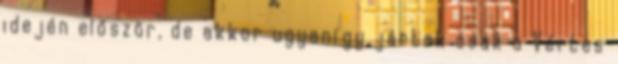
idején először, de akkor ugyanígy jártak csak a Vértes